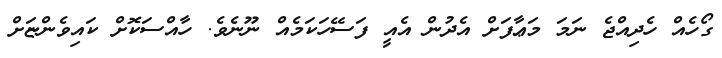
ގޯހެއް ހެދިއްޖެ ނަމަ މަޢާފަށް އެދުން އެއީ ފަސޭހަކަމެއް ނޫނެވެ. ހާއްސަކޮށް ކައިވެންޏަށް